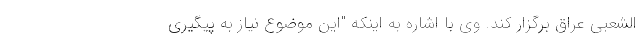
الشعبی عراق برگزار کند. وی با اشاره به اینکه "این موضوع نیاز به پیگیری